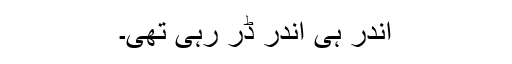
اندر ہی اندر ڈر رہی تھی۔